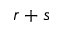
r + s